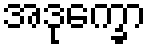
အဒုက္ခော